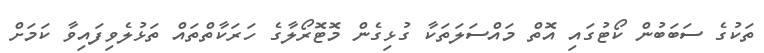
ތަކުގެ ސަބަބުން ކޯޓުގައި އޮތް މައްސަލަތަކާ ގުޅިގެން މޮޓޮރޯލާގެ ހަރަކާތްތައް ތަޅުލެވިފައިވާ ކަމަށް